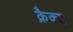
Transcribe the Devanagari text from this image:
क्रैक्स